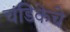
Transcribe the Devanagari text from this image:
चंडिकेचे